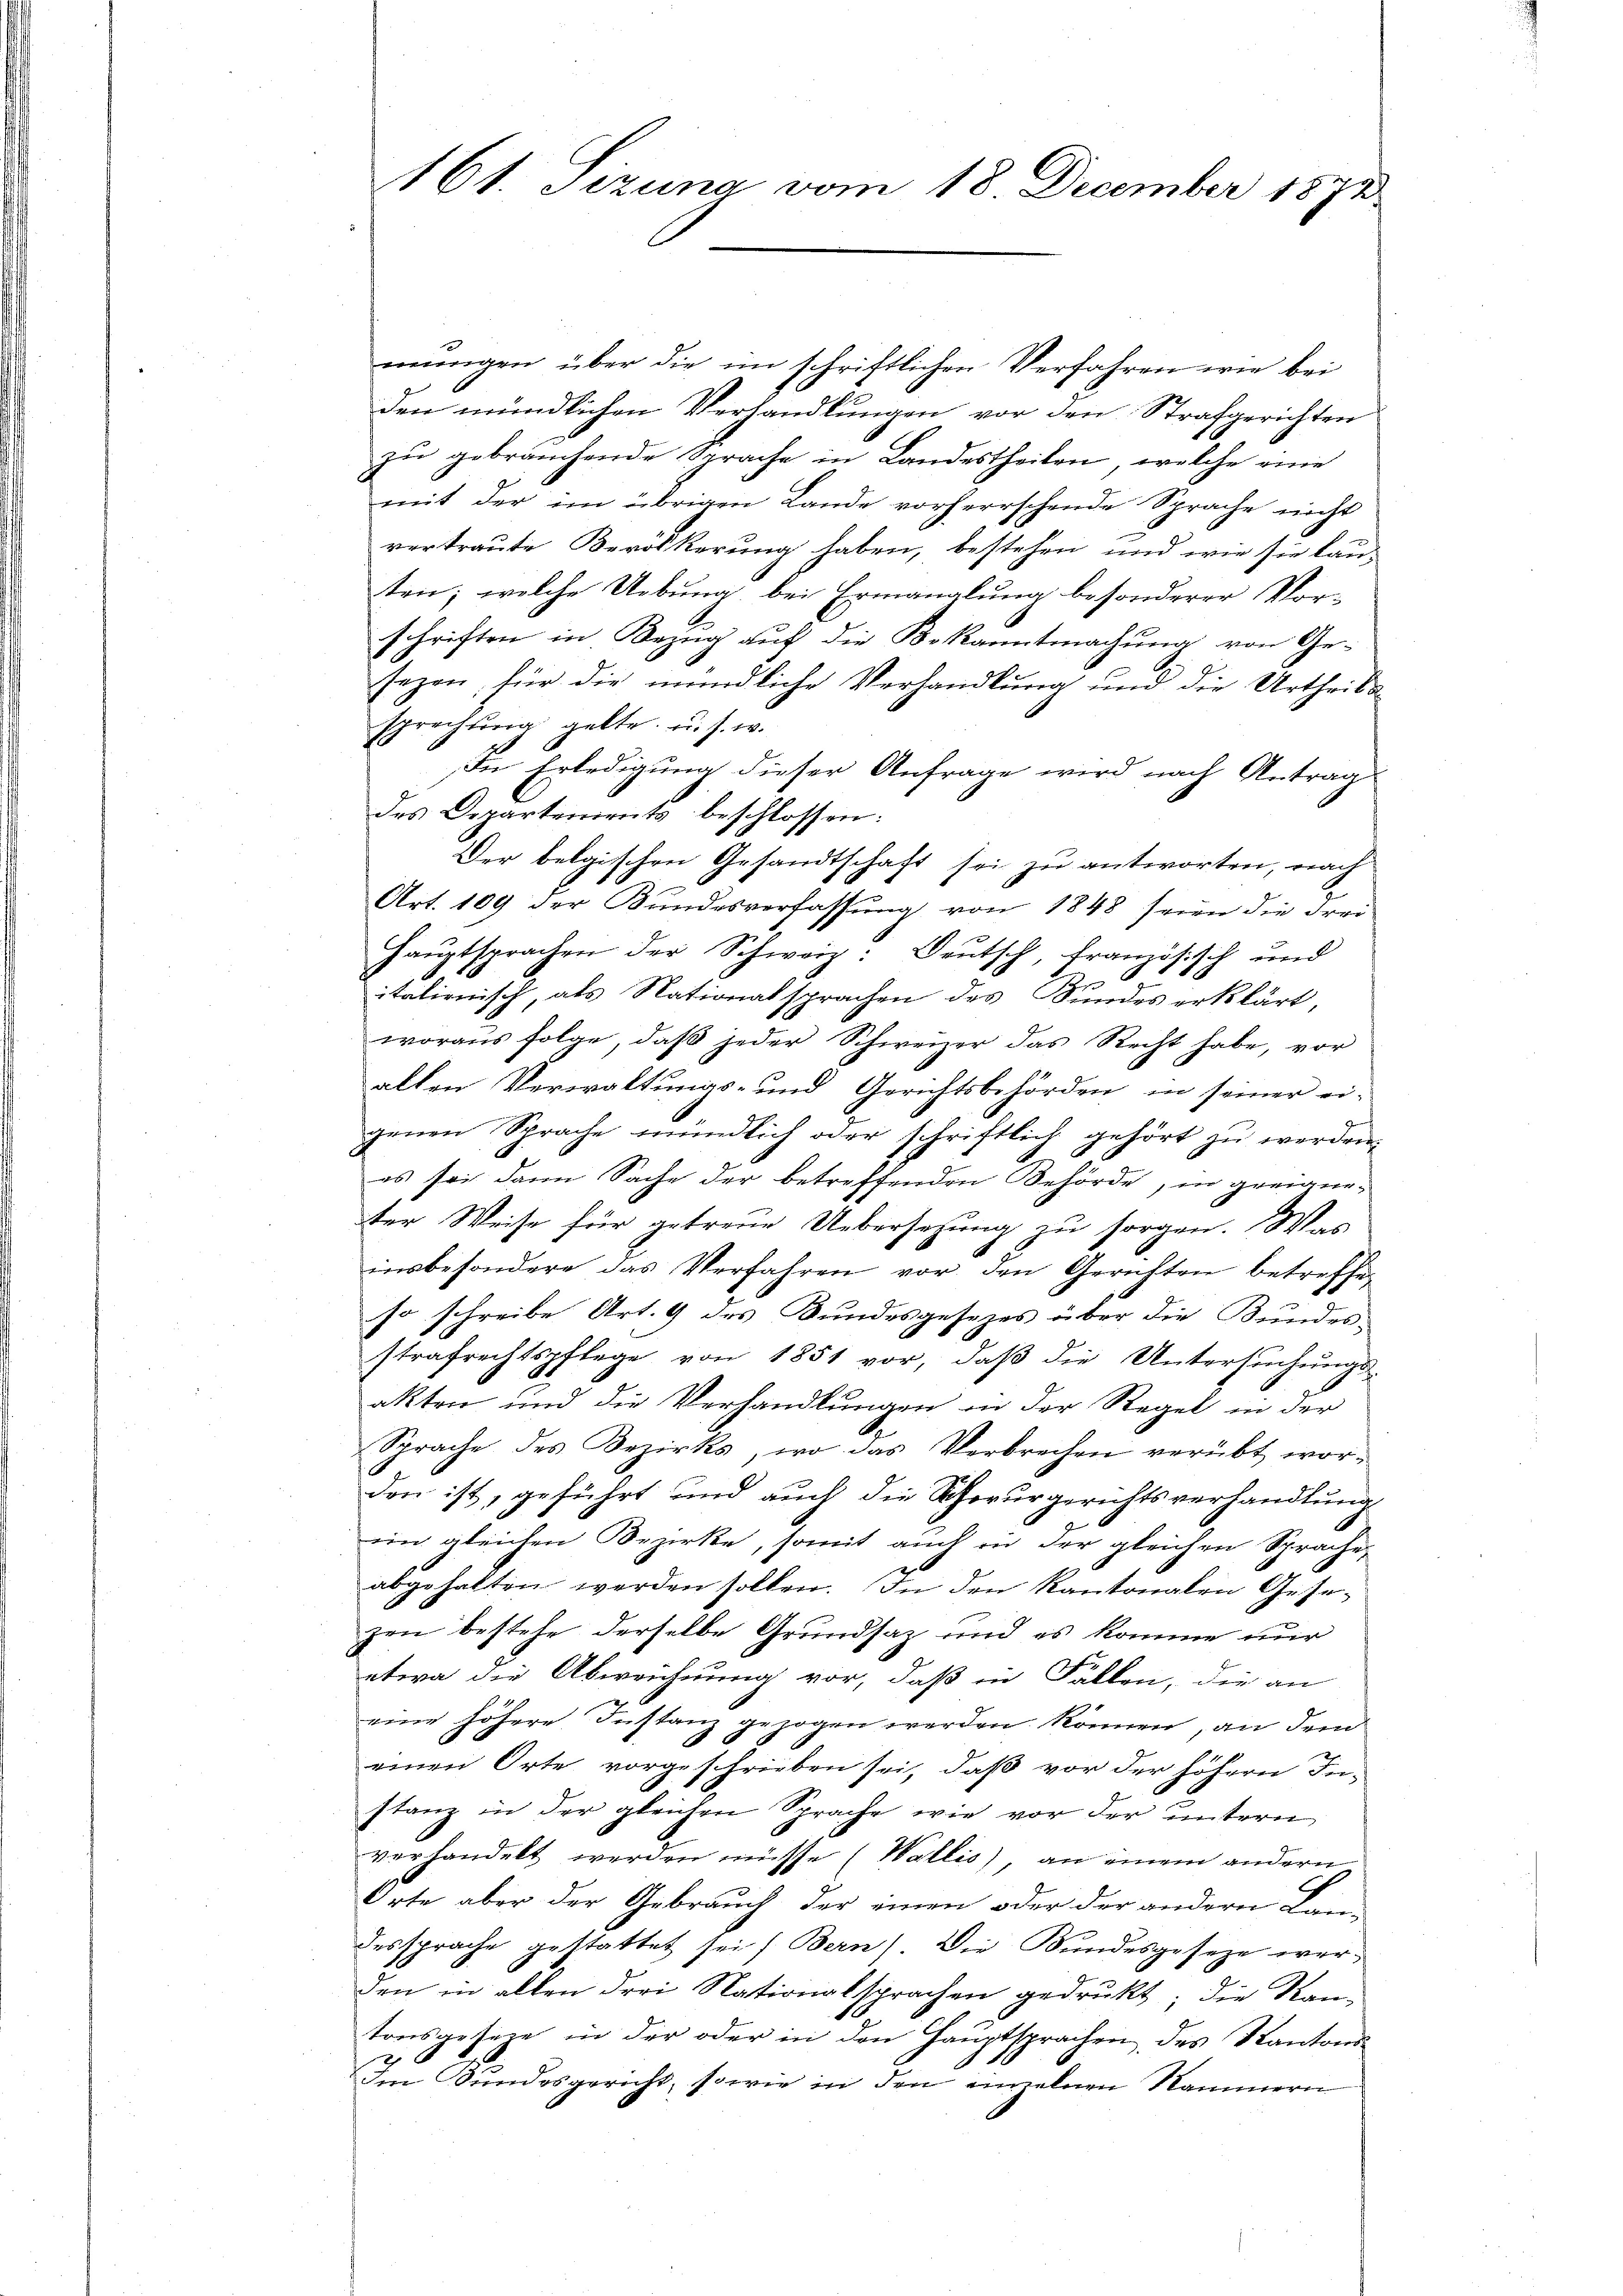
161. Sizung vom 18. December 1872

mungen über die im schriftlichen Verfahren wie bei
den mündlichen Verhandlungen vor den Strafgerichten
zŭ gebrauchende Sprache in Landestheilen, welche eine
mit der im übrigen Lande vorherrschende Sprache nicht
vertraute Bevölkerung haben, bestehen und wie sie lau-
ten; welche Uebung bei Ermanglung besonderer Vor-
schriften in Bezug auf die Bekanntmachung von Ge-
sezen, für die mündliche Verhandlung und die Urtheilun
sprechtung gelte u. s. w.
In Erledigung dieser Anfrage wird nach Antrag
des Departements beschlossen:
Der belgischen Gesandtschaft sei zu antworten, nach
Art. 109 der Bundesverfassung von 1848 seien die Frei
Haŭptsprachen der Schweiz: Deutsch, französisch und
italienisch, als Nationalsprachen des Fundes erklärt,
woraus folge, daβ jeder Schweizer das Recht habe, vor
allen Verwaltungs- und Gerichtsbehörden in seiner ei-
genen Sprache mündlich oder schriftlich gehört zu werden
es sei dann Sache der betreffenden Behörde, in greigneter Weise für getreue Uebersetzung zu sorgen. Was
insbesondere das Verfahren vor den Gerichten betreffen
so schreibe Art. 9 des Bundesgesezes über die Bundes-
strafrechtspflege von 1851 vor, daß die Untersuchungsakten und die Verhandlungen in der Regel in der
Sprache des Bezirks, wo das Verbrechen verübt wor-
Den ist, geführt und auch die Schwurgerichtsverhandlung
im gleichen Bezirke, somit auch in der gleichen Sprache,
abgehalten werden sollen. In den Kantonalen Gesezen bestehe derselbe Grundsaz und es komme nur
etwa die Abweichnung vor, daß in Fällen, die an
eine höhere Instanz gezogen werden können, an dem
¬
einen Orte vorgeschrieben sei, daß vor der höhern In-
stanz in der gleichen Sprache wie vor der untern
verhandelt werden müsse (Wallis), an einem andern
Orte aber der Gebrauch der einen oder der andern Beidersprache gestattet sei. Bern) Die Bundesgesetze wer-
den in allen drei Nationalsprachen gedrukt; die Kan-
tonsgeseze in der oder in den Hauptsprachen des Kantons¬
2
Im Bundesgericht, sowie in den einzelnen Nammern